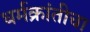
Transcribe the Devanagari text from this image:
धर्मक्रांतीचा